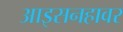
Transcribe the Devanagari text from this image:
आइसनहावर